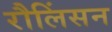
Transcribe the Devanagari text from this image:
रौलिंसन